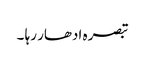
تبصرہ ادھار رہا ۔